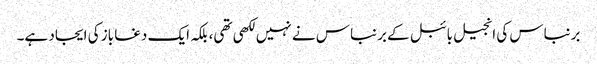
برنباس کی انجیل بائبل کے برنباس نے نہیں لکھی تھی، بلکہ ایک دغا باز کی ایجاد ہے۔